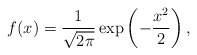
\begin{align*}f(x)=\frac{1}{\sqrt{2\pi}}\exp\left(-\frac{x^2}{2}\right),\end{align*}